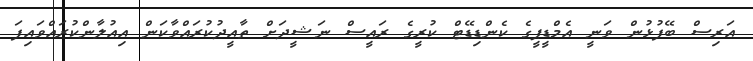
އަރިސް ބޭފުޅުން ވަނީ އެމްޑީޕީގެ ކެންޑިޑޭޓް ކުރީގެ ރައީސް ނަޝީދަށް ތާއީދުކުރައްވާކަން އިއުލާންކުރައްވައިފަ